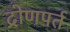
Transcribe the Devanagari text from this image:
द्रोणपर्त